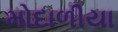
મોદાળીયા